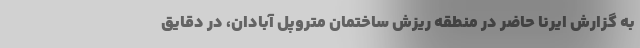
به گزارش ایرنا حاضر در منطقه ریزش ساختمان متروپل آبادان، در دقایق